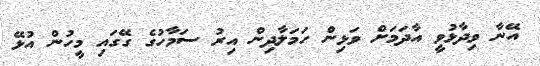
އޭނާ ވިދާޅުވީ އާދަމަށް ވަޅިން ހަމަލާދިން އިރު ސަމާހުގެ ގޭގައި މީހުން އުޅޭ